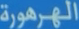
الجمهورية